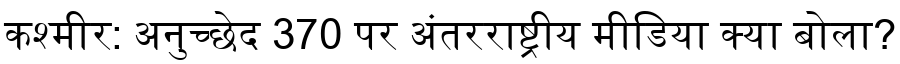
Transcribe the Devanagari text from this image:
कश्मीर: अनुच्छेद 370 पर अंतरराष्ट्रीय मीडिया क्या बोला?